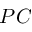
P C